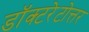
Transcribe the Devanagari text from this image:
डॉक्टरेटोत्तर